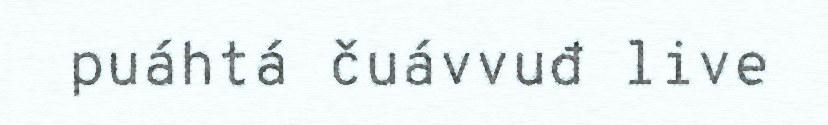
puáhtá čuávvuđ live